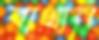
বাখান